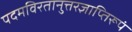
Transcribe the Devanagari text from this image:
पदमविरतानुत्तरज्ञाप्तिरूपं